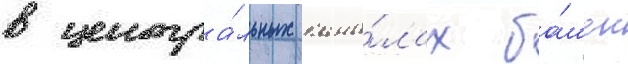
в центра́льных кана́лах ба́шен